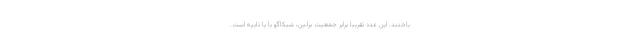
باختند. این عدد تقریبا برابر جمعیت برلین، شیکاگو یا یا تایپه است.